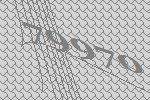
79970